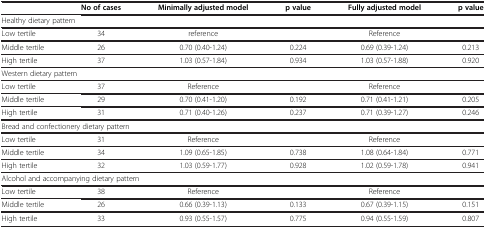
|  | No of cases | Minimally adjusted model | p value | Fully adjusted model | p value |
 | --- | --- | --- | --- | --- | --- |
 | <COLSPAN=6> Healthy dietary pattern |
 | Low tertile | 34 | reference |  | Reference |  |
 | Middle tertile | 26 | 0.70 (0.40-1.24) | 0.224 | 0.69 (0.39-1.24) | 0.213 |
 | High tertile | 37 | 1.03 (0.57-1.84) | 0.934 | 1.03 (0.57-1.88) | 0.920 |
 | <COLSPAN=6> Western dietary pattern |
 | Low tertile | 37 | Reference |  | Reference |  |
 | Middle tertile | 29 | 0.70 (0.41-1.20) | 0.192 | 0.71 (0.41-1.21) | 0.205 |
 | High tertile | 31 | 0.71 (0.40-1.26) | 0.237 | 0.71 (0.39-1.27) | 0.246 |
 | <COLSPAN=6> Bread and confectionery dietary pattern |
 | Low tertile | 31 | Reference |  | Reference |  |
 | Middle tertile | 34 | 1.09 (0.65-1.85) | 0.738 | 1.08 (0.64-1.84) | 0.771 |
 | High tertile | 32 | 1.03 (0.59-1.77) | 0.928 | 1.02 (0.59-1.78) | 0.941 |
 | <COLSPAN=6> Alcohol and accompanying dietary pattern |
 | Low tertile | 38 | Reference |  | Reference |  |
 | Middle tertile | 26 | 0.66 (0.39-1.13) | 0.133 | 0.67 (0.39-1.15) | 0.151 |
 | High tertile | 33 | 0.93 (0.55-1.57) | 0.775 | 0.94 (0.55-1.59) | 0.807 |